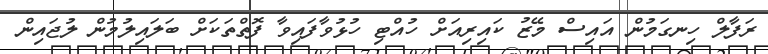
ރަފާލް ހިނގަމުން އައިސް މޭޒު ކައިރިއަށް ހުއްޓި ހުޅުވާފައިވާ ފޮތްތަކަށް ބަލައިލުމުން ލުޖައިން